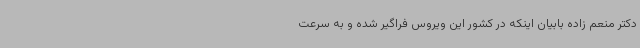
دکتر منعم زاده بابیان اینکه در کشور این ویروس فراگیر شده و به سرعت